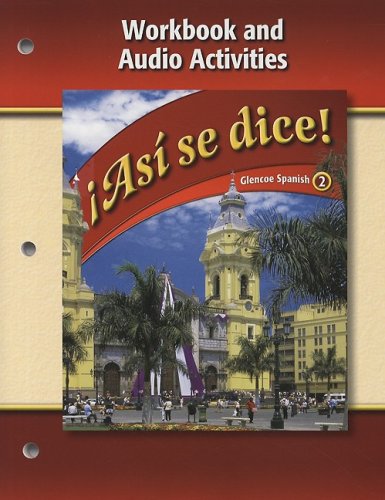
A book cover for Asi Se Dice!, Volume 2: Workbook And Audio Activities (Glencoe Spanish) (Spanish Edition); Conrad J. Schmitt; Teen & Young Adult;